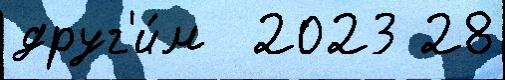
друг'и́м  2023 28